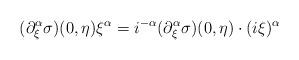
LaTeX: \begin{align*} {(\partial^{\alpha}_\xi \sigma) (0,\eta)} \xi^{\alpha} = i^{-\alpha} {(\partial^{\alpha}_\xi \sigma )(0,\eta)} \cdot (i\xi)^{\alpha} \end{align*}